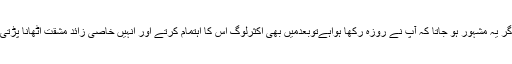
اگر یہ مشہور ہو جاتا کہ آپ نے روزہ رکھا ہواہےتوبعدمیں بھی اکثرلوگ اس کا اہتمام کرتے اور انہیں خاصی زائد مشقت اٹھانا پڑتی۔